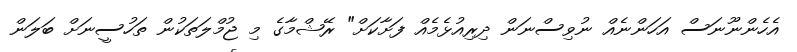
އެހެންނޫނަސް އަހަންނެއް ނުވިސްނަން ދިރިއުޅެމެއް ފަށާކަށް" ރޭޝްމާގެ މި ޖުމްލަތަކުން ތަހުސީނަށް ބަލަން